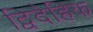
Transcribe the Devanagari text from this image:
द्विदैहिक